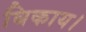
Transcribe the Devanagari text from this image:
बिकाय।